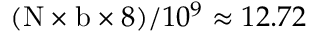
( \mathrm { N } \times \mathrm { b } \times 8 ) / 1 0 ^ { 9 } \approx 1 2 . 7 2